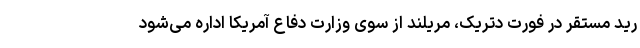
رید مستقر در فورت دتریک، مریلند از سوی وزارت دفاع آمریکا اداره می‌شود